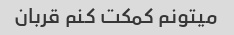
میتونم کمکت کنم قربان